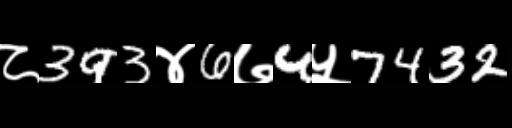
Text: ८393४6७4५7432